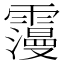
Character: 𩆓